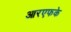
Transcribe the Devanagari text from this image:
आरएफके